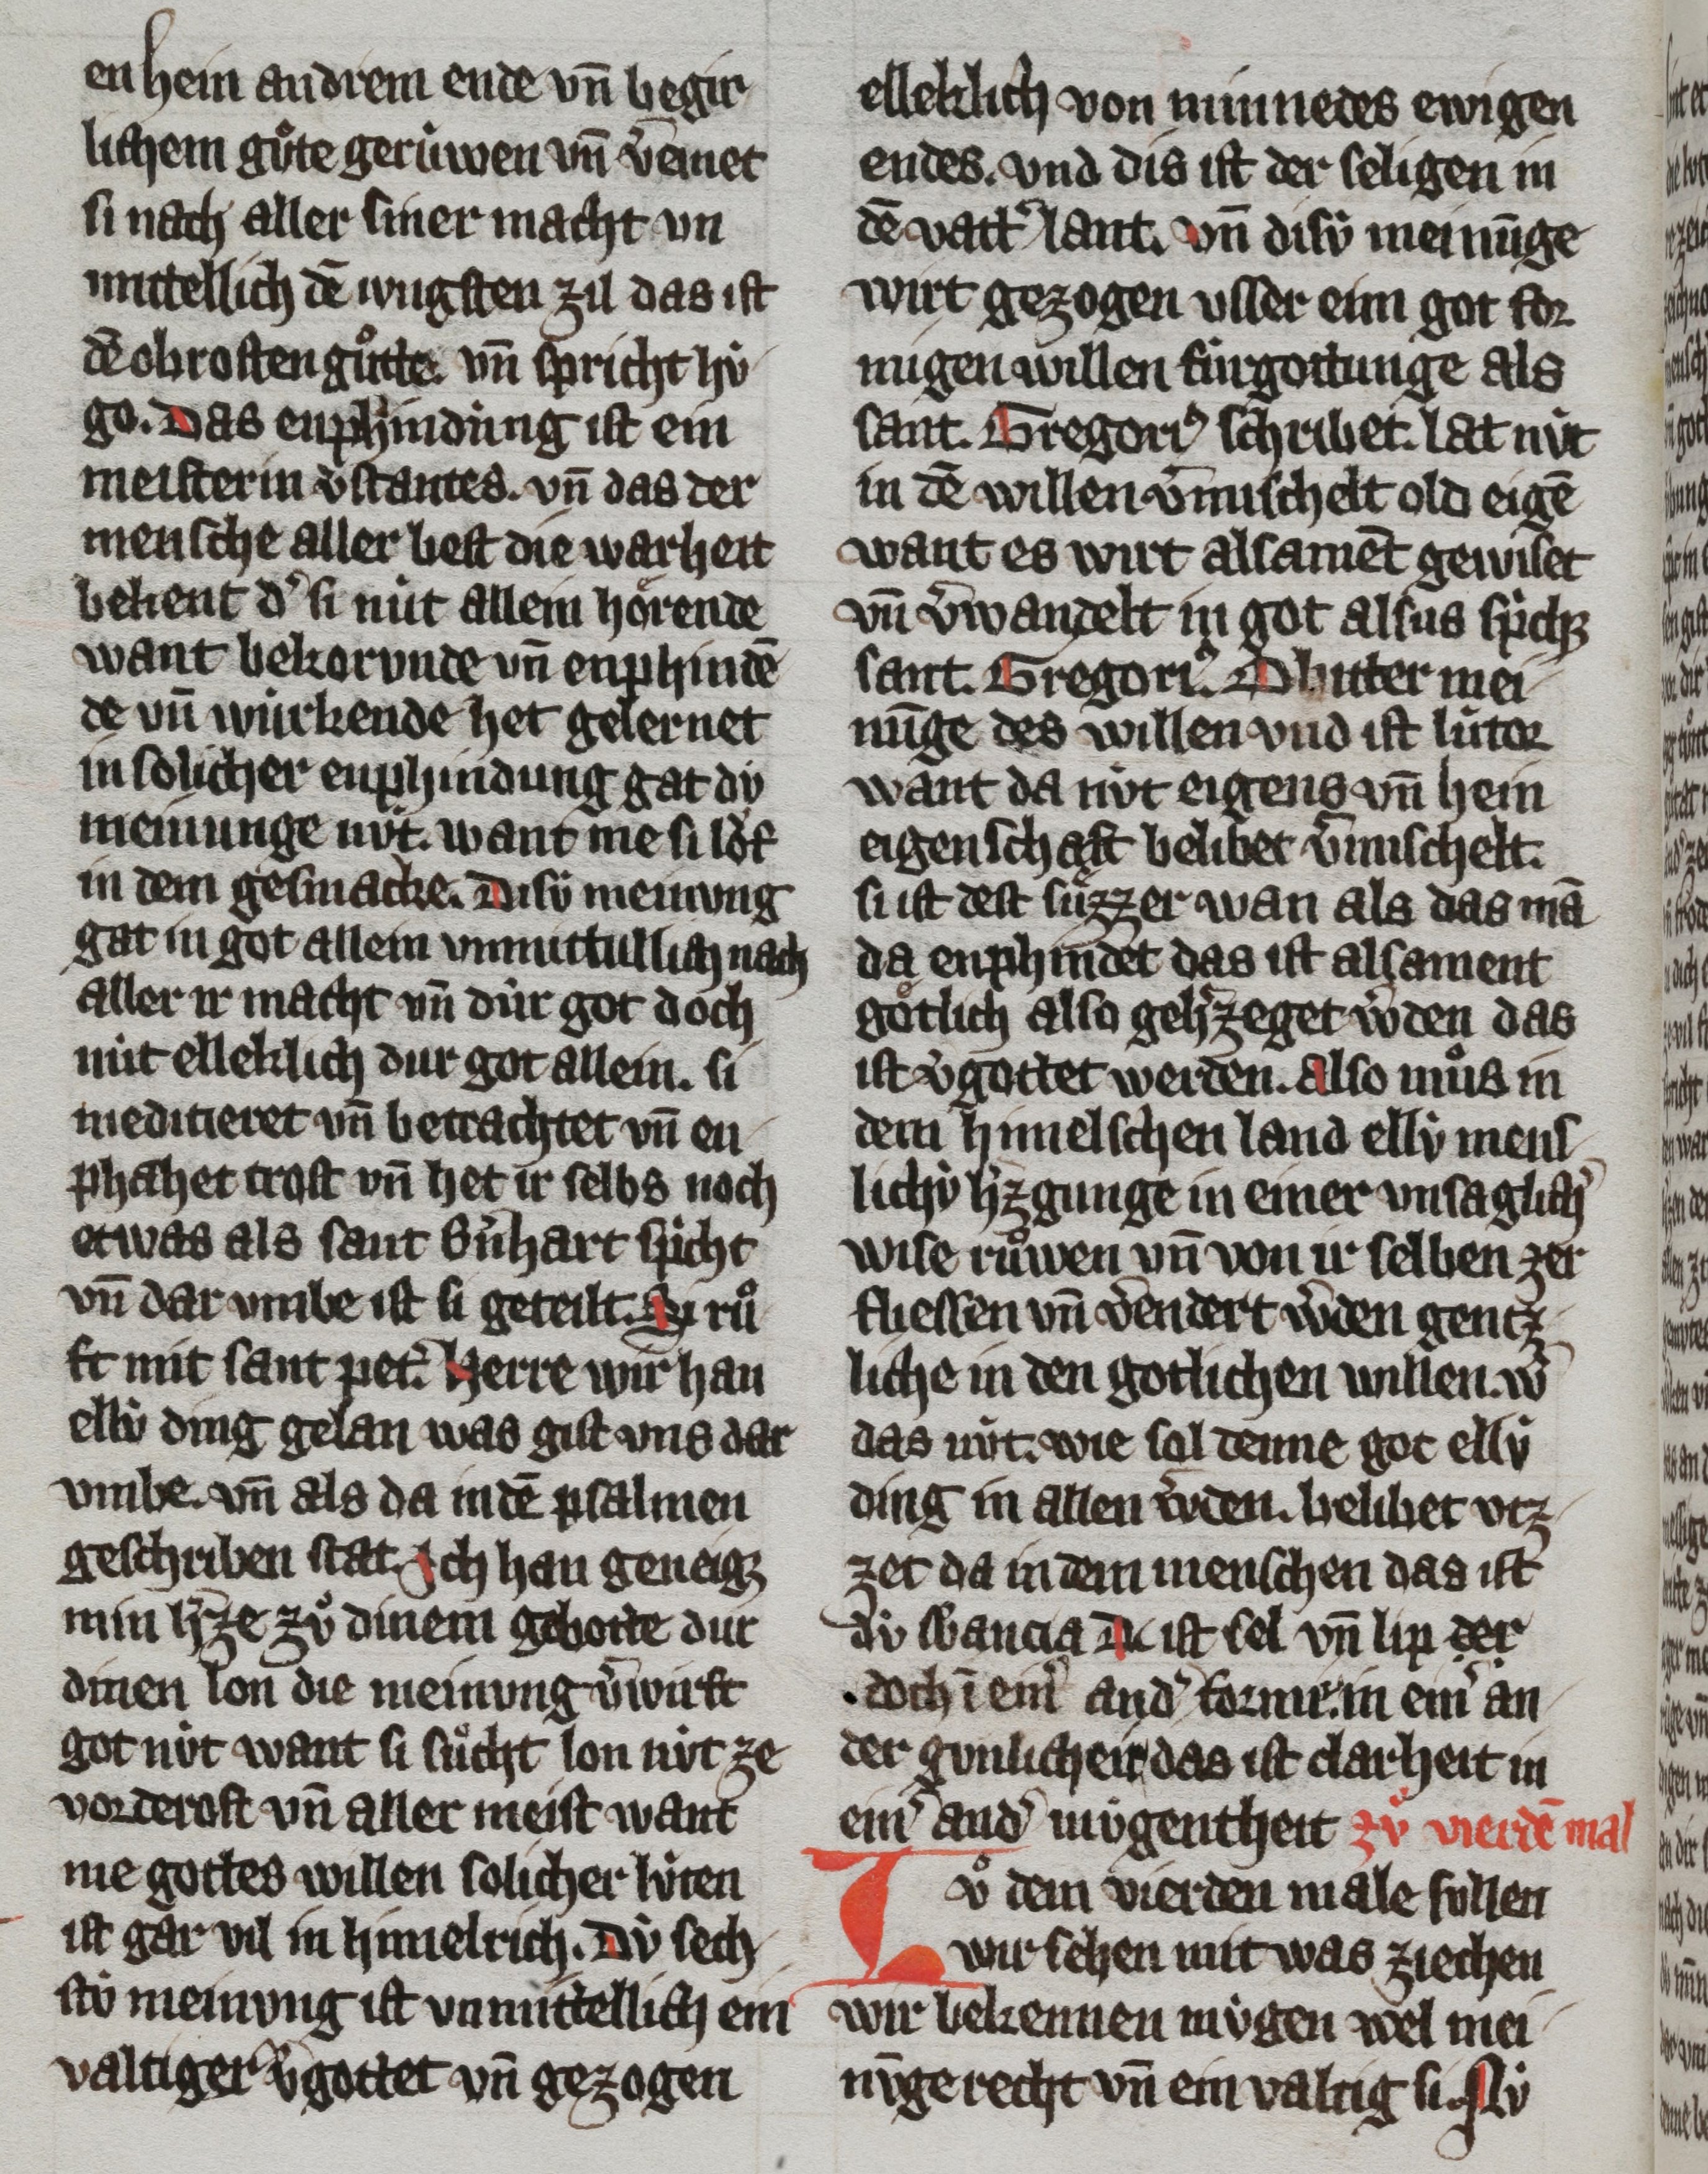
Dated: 1300–1399